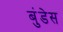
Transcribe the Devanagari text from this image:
बुंडेस